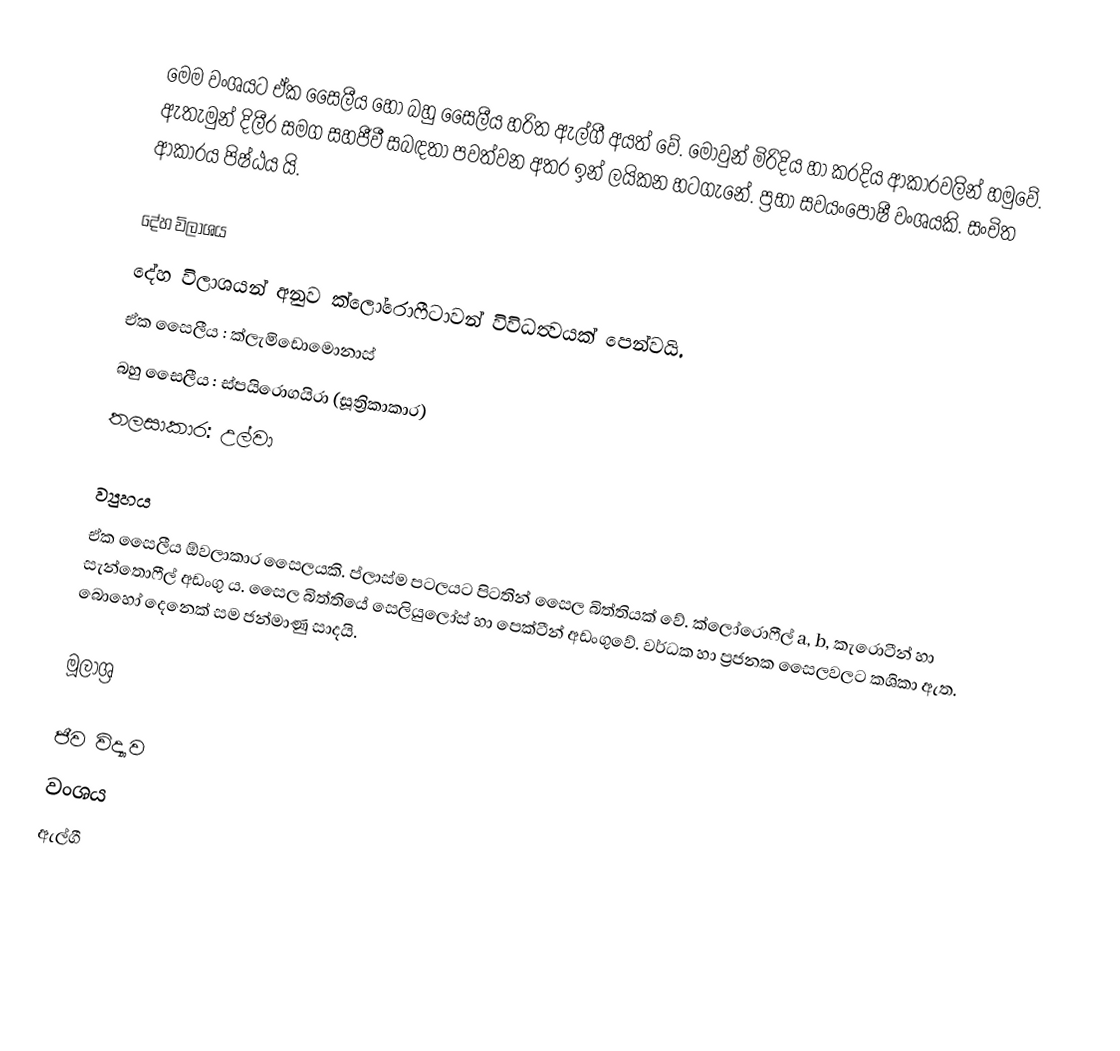
මෙම වංශයට ඒක සෛලීය හෝ බහු සෛලීය හරිත ඇල්ගී අයත් වේ. මොවුන් මිරිදිය හා කරදිය ආකාරවලින් හමුවේ. ඇතැමුන් දිලීර සමග සහජීවී සබඳතා පවත්වන අතර ඉන් ලයිකන හටගැනේ. ප්‍රභා ස‍්වයංපෝෂී වංශයකි. සංචිත ආකාරය පිෂ්ඨය යි.

දේහ විලාශය
දේහ විලාශයන් අනුව ක්ලෝරොෆීටාවන් විවිධත්‍වයක් පෙන්වයි.
 ඒක සෛලීය : ක්ලැමිඩොමොනාස්
 බහු සෛලීය : ස්පයිරොගයිරා (සූත්‍රිකාකාර)
 තලසාකාර: උල්වා

ව්‍යුහය
ඒක සෛලීය ඕවලාකාර සෛලයකි. ප්ලාස්ම පටලයට පිටතින් සෛල බිත්තියක් වේ. ක්ලෝරොෆීල් a, b, කැරොටීන් හා සැන්තොෆීල් අඩංගු ය. සෛල බිත්තියේ සෙලියුලෝස් හා පෙක්ටීන් අඩංගුවේ. වර්ධක හා ප්‍රජනක සෛලවලට කශිකා ඇත. බොහෝ දෙනෙක් සම ජන්මාණු සාදයි.

මූලාශ්‍ර

ජීව විද්‍යාව
වංශය
ඇල්ගී